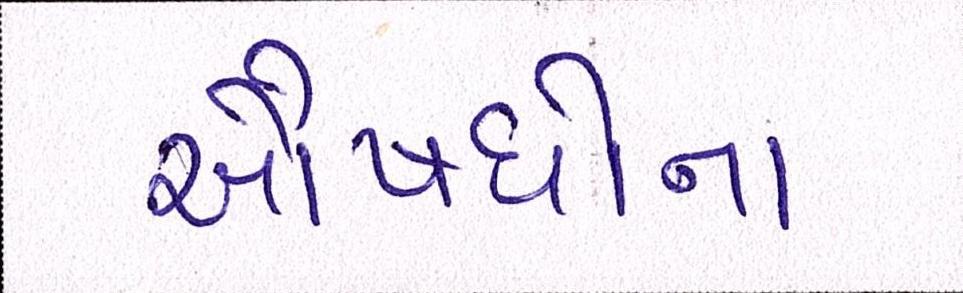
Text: ઔષધોના